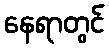
နေရာတွင်